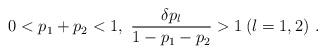
LaTeX: \begin{align*} 0 < p_1 + p_2 < 1, \ \dfrac{\delta p_l}{1-p_1-p_2} > 1 \:( l=1,2) \ .\end{align*}